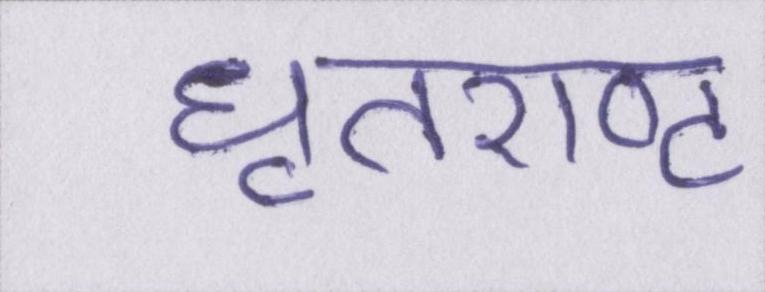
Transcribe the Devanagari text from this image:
धृतराष्ट्र